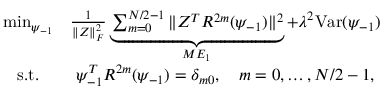
\begin{array} { c c } { \operatorname* { m i n } _ { \psi _ { - 1 } } } & { \frac { 1 } { \| Z \| _ { F } ^ { 2 } } \underbrace { \sum _ { m = 0 } ^ { N / 2 - 1 } \| Z ^ { T } R ^ { 2 m } ( \psi _ { - 1 } ) \| ^ { 2 } } _ { M E _ { 1 } } + \lambda ^ { 2 } \mathrm { V a r } ( \psi _ { - 1 } ) } \\ { \mathrm { s . t . } } & { \psi _ { - 1 } ^ { T } R ^ { 2 m } ( \psi _ { - 1 } ) = \delta _ { m 0 } , \quad m = 0 , \hdots , N / 2 - 1 , } \end{array}